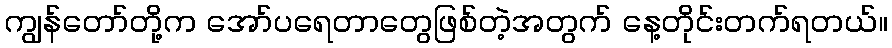
ကျွန်တော်တို့က အော်ပရေတာတွေဖြစ်တဲ့အတွက် နေ့တိုင်းတက်ရတယ်။